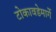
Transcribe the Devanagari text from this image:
टोकावडेमार्गे